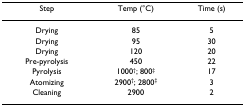
<table><thead><tr><td><b>Step</b></td><td><b>Temp (°C)</b></td><td><b>Time (s)</b></td></tr></thead><tbody><tr><td>Drying</td><td>85</td><td>5</td></tr><tr><td>Drying</td><td>95</td><td>30</td></tr><tr><td>Drying</td><td>120</td><td>20</td></tr><tr><td>Pre-pyrolysis</td><td>450</td><td>22</td></tr><tr><td>Pyrolysis</td><td>1000<sup>†</sup>; 800<sup>‡</sup></td><td>17</td></tr><tr><td>Atomizing</td><td>2900<sup>†</sup>; 2800<sup>‡</sup></td><td>3</td></tr><tr><td>Cleaning</td><td>2900</td><td>2</td></tr></tbody></table>